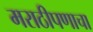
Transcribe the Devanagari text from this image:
मराठीपणाचा